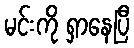
မင်းကို ရှာနေပြီ